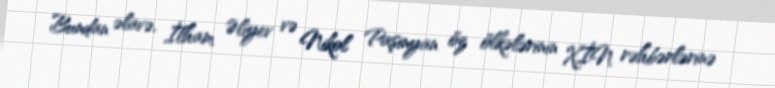
Bundan əlavə, İlham Əliyev və Nikol Paşinyan öz ölkələrinin XİN rəhbərlərinə